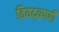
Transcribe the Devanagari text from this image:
वियद्व्यापी